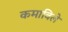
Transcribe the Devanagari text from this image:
कमाविले